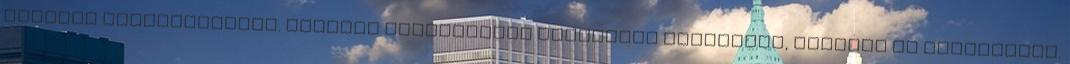
művének ősbemutatóját. Sikeres operettjeit külföldön Drezdában, Bécsben is bemutatták.